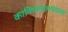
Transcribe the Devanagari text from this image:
कानिफनाथगडावर